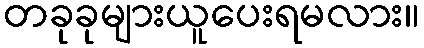
တခုခုများယူပေးရမလား။